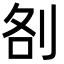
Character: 㓢